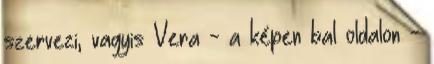
szervezi, vagyis Vera - a képen bal oldalon -